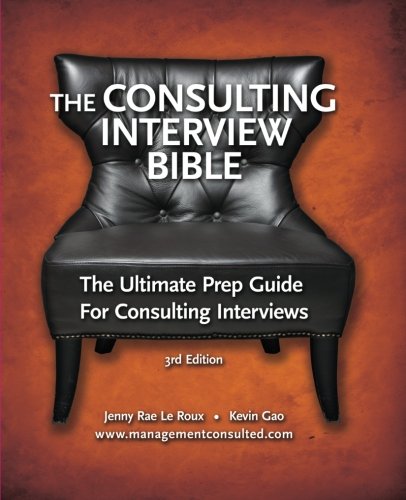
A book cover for The Consulting Interview Bible (Volume 1); Jenny Rae Le Roux; Business & Money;